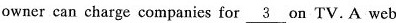
owner can charge companies for \underline{3} on TV. A web